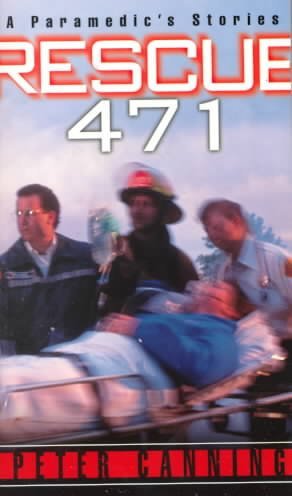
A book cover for Rescue 471: A Paramedic's Stories; Peter Canning; Medical Books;